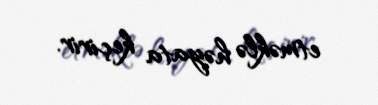
etməklə həyata keçirir.